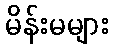
မိန်းမများ